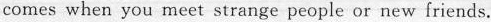
comes when you meet strange people or new friends.